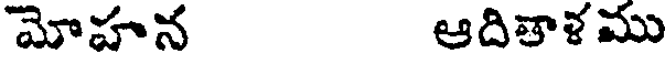
మోహన ఆదితాళము